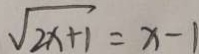
\sqrt { 2 x + 1 } = x - 1